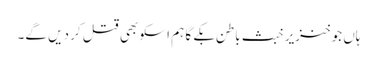
ہاں جو خنزیر خبث باطن بکے گا ہم اسکو بھی قتل کر دیں گے۔